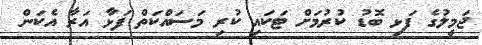
ޖަމީލުގެ ފަޅި ބޮޑު ކުރުމަށް ޓަކައި ކުރި މަސައްކަތް ފަޅާ އަރާ އެކަން